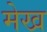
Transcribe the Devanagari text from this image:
मेख